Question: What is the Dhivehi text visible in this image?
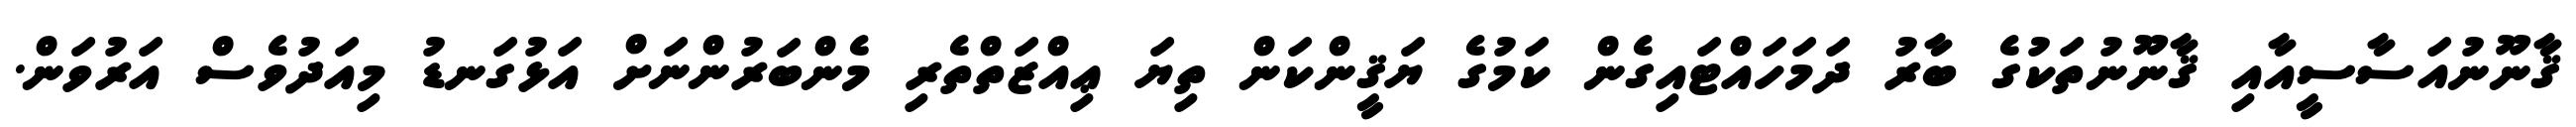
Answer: ޤާނޫނުއަސާސީއާއި ޤާނޫނުތަކުގެ ބާރު ދަމަހައްޓައިގެން ކަމުގެ ޔަޤީންކަން ތިޔަ ޢިއްޒަތްތެރި މެންބަރުންނަށް އަޅުގަނޑު މިއަދުވެސް އަރުވަން.